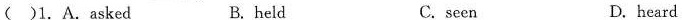
()1. A. Asked B. held C.seen D. heard